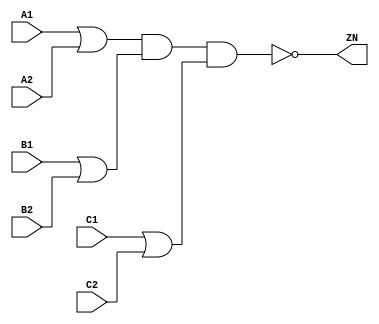
module OAI222_X4 (A1, A2, B1, B2, C1, C2, ZN);
  input A1;
  input A2;
  input B1;
  input B2;
  input C1;
  input C2;
  output ZN;
  not(ZN, i_28);
  not(i_28, i_29);
  not(i_29, i_30);
  and(i_30, i_31, i_34);
  and(i_31, i_32, i_33);
  or(i_32, A1, A2);
  or(i_33, B1, B2);
  or(i_34, C1, C2);
  specify
    if((A2 == 1'b0) && (B1 == 1'b0) && (B2 == 1'b1) && (C1 == 1'b0) && (C2 == 1'b1)) (A1 => ZN) = (0.1, 0.1);
    if((A2 == 1'b0) && (B1 == 1'b0) && (B2 == 1'b1) && (C1 == 1'b1) && (C2 == 1'b0)) (A1 => ZN) = (0.1, 0.1);
    if((A2 == 1'b0) && (B1 == 1'b0) && (B2 == 1'b1) && (C1 == 1'b1) && (C2 == 1'b1)) (A1 => ZN) = (0.1, 0.1);
    if((A2 == 1'b0) && (B1 == 1'b1) && (B2 == 1'b0) && (C1 == 1'b0) && (C2 == 1'b1)) (A1 => ZN) = (0.1, 0.1);
    if((A2 == 1'b0) && (B1 == 1'b1) && (B2 == 1'b0) && (C1 == 1'b1) && (C2 == 1'b0)) (A1 => ZN) = (0.1, 0.1);
    if((A2 == 1'b0) && (B1 == 1'b1) && (B2 == 1'b0) && (C1 == 1'b1) && (C2 == 1'b1)) (A1 => ZN) = (0.1, 0.1);
    if((A2 == 1'b0) && (B1 == 1'b1) && (B2 == 1'b1) && (C1 == 1'b0) && (C2 == 1'b1)) (A1 => ZN) = (0.1, 0.1);
    if((A2 == 1'b0) && (B1 == 1'b1) && (B2 == 1'b1) && (C1 == 1'b1) && (C2 == 1'b0)) (A1 => ZN) = (0.1, 0.1);
    if((A2 == 1'b0) && (B1 == 1'b1) && (B2 == 1'b1) && (C1 == 1'b1) && (C2 == 1'b1)) (A1 => ZN) = (0.1, 0.1);
    if((A1 == 1'b0) && (B1 == 1'b0) && (B2 == 1'b1) && (C1 == 1'b0) && (C2 == 1'b1)) (A2 => ZN) = (0.1, 0.1);
    if((A1 == 1'b0) && (B1 == 1'b0) && (B2 == 1'b1) && (C1 == 1'b1) && (C2 == 1'b0)) (A2 => ZN) = (0.1, 0.1);
    if((A1 == 1'b0) && (B1 == 1'b0) && (B2 == 1'b1) && (C1 == 1'b1) && (C2 == 1'b1)) (A2 => ZN) = (0.1, 0.1);
    if((A1 == 1'b0) && (B1 == 1'b1) && (B2 == 1'b0) && (C1 == 1'b0) && (C2 == 1'b1)) (A2 => ZN) = (0.1, 0.1);
    if((A1 == 1'b0) && (B1 == 1'b1) && (B2 == 1'b0) && (C1 == 1'b1) && (C2 == 1'b0)) (A2 => ZN) = (0.1, 0.1);
    if((A1 == 1'b0) && (B1 == 1'b1) && (B2 == 1'b0) && (C1 == 1'b1) && (C2 == 1'b1)) (A2 => ZN) = (0.1, 0.1);
    if((A1 == 1'b0) && (B1 == 1'b1) && (B2 == 1'b1) && (C1 == 1'b0) && (C2 == 1'b1)) (A2 => ZN) = (0.1, 0.1);
    if((A1 == 1'b0) && (B1 == 1'b1) && (B2 == 1'b1) && (C1 == 1'b1) && (C2 == 1'b0)) (A2 => ZN) = (0.1, 0.1);
    if((A1 == 1'b0) && (B1 == 1'b1) && (B2 == 1'b1) && (C1 == 1'b1) && (C2 == 1'b1)) (A2 => ZN) = (0.1, 0.1);
    if((A1 == 1'b0) && (A2 == 1'b1) && (B2 == 1'b0) && (C1 == 1'b0) && (C2 == 1'b1)) (B1 => ZN) = (0.1, 0.1);
    if((A1 == 1'b0) && (A2 == 1'b1) && (B2 == 1'b0) && (C1 == 1'b1) && (C2 == 1'b0)) (B1 => ZN) = (0.1, 0.1);
    if((A1 == 1'b0) && (A2 == 1'b1) && (B2 == 1'b0) && (C1 == 1'b1) && (C2 == 1'b1)) (B1 => ZN) = (0.1, 0.1);
    if((A1 == 1'b1) && (A2 == 1'b0) && (B2 == 1'b0) && (C1 == 1'b0) && (C2 == 1'b1)) (B1 => ZN) = (0.1, 0.1);
    if((A1 == 1'b1) && (A2 == 1'b0) && (B2 == 1'b0) && (C1 == 1'b1) && (C2 == 1'b0)) (B1 => ZN) = (0.1, 0.1);
    if((A1 == 1'b1) && (A2 == 1'b0) && (B2 == 1'b0) && (C1 == 1'b1) && (C2 == 1'b1)) (B1 => ZN) = (0.1, 0.1);
    if((A1 == 1'b1) && (A2 == 1'b1) && (B2 == 1'b0) && (C1 == 1'b0) && (C2 == 1'b1)) (B1 => ZN) = (0.1, 0.1);
    if((A1 == 1'b1) && (A2 == 1'b1) && (B2 == 1'b0) && (C1 == 1'b1) && (C2 == 1'b0)) (B1 => ZN) = (0.1, 0.1);
    if((A1 == 1'b1) && (A2 == 1'b1) && (B2 == 1'b0) && (C1 == 1'b1) && (C2 == 1'b1)) (B1 => ZN) = (0.1, 0.1);
    if((A1 == 1'b0) && (A2 == 1'b1) && (B1 == 1'b0) && (C1 == 1'b0) && (C2 == 1'b1)) (B2 => ZN) = (0.1, 0.1);
    if((A1 == 1'b0) && (A2 == 1'b1) && (B1 == 1'b0) && (C1 == 1'b1) && (C2 == 1'b0)) (B2 => ZN) = (0.1, 0.1);
    if((A1 == 1'b0) && (A2 == 1'b1) && (B1 == 1'b0) && (C1 == 1'b1) && (C2 == 1'b1)) (B2 => ZN) = (0.1, 0.1);
    if((A1 == 1'b1) && (A2 == 1'b0) && (B1 == 1'b0) && (C1 == 1'b0) && (C2 == 1'b1)) (B2 => ZN) = (0.1, 0.1);
    if((A1 == 1'b1) && (A2 == 1'b0) && (B1 == 1'b0) && (C1 == 1'b1) && (C2 == 1'b0)) (B2 => ZN) = (0.1, 0.1);
    if((A1 == 1'b1) && (A2 == 1'b0) && (B1 == 1'b0) && (C1 == 1'b1) && (C2 == 1'b1)) (B2 => ZN) = (0.1, 0.1);
    if((A1 == 1'b1) && (A2 == 1'b1) && (B1 == 1'b0) && (C1 == 1'b0) && (C2 == 1'b1)) (B2 => ZN) = (0.1, 0.1);
    if((A1 == 1'b1) && (A2 == 1'b1) && (B1 == 1'b0) && (C1 == 1'b1) && (C2 == 1'b0)) (B2 => ZN) = (0.1, 0.1);
    if((A1 == 1'b1) && (A2 == 1'b1) && (B1 == 1'b0) && (C1 == 1'b1) && (C2 == 1'b1)) (B2 => ZN) = (0.1, 0.1);
    if((A1 == 1'b0) && (A2 == 1'b1) && (B1 == 1'b0) && (B2 == 1'b1) && (C2 == 1'b0)) (C1 => ZN) = (0.1, 0.1);
    if((A1 == 1'b0) && (A2 == 1'b1) && (B1 == 1'b1) && (B2 == 1'b0) && (C2 == 1'b0)) (C1 => ZN) = (0.1, 0.1);
    if((A1 == 1'b0) && (A2 == 1'b1) && (B1 == 1'b1) && (B2 == 1'b1) && (C2 == 1'b0)) (C1 => ZN) = (0.1, 0.1);
    if((A1 == 1'b1) && (A2 == 1'b0) && (B1 == 1'b0) && (B2 == 1'b1) && (C2 == 1'b0)) (C1 => ZN) = (0.1, 0.1);
    if((A1 == 1'b1) && (A2 == 1'b0) && (B1 == 1'b1) && (B2 == 1'b0) && (C2 == 1'b0)) (C1 => ZN) = (0.1, 0.1);
    if((A1 == 1'b1) && (A2 == 1'b0) && (B1 == 1'b1) && (B2 == 1'b1) && (C2 == 1'b0)) (C1 => ZN) = (0.1, 0.1);
    if((A1 == 1'b1) && (A2 == 1'b1) && (B1 == 1'b0) && (B2 == 1'b1) && (C2 == 1'b0)) (C1 => ZN) = (0.1, 0.1);
    if((A1 == 1'b1) && (A2 == 1'b1) && (B1 == 1'b1) && (B2 == 1'b0) && (C2 == 1'b0)) (C1 => ZN) = (0.1, 0.1);
    if((A1 == 1'b1) && (A2 == 1'b1) && (B1 == 1'b1) && (B2 == 1'b1) && (C2 == 1'b0)) (C1 => ZN) = (0.1, 0.1);
    if((A1 == 1'b0) && (A2 == 1'b1) && (B1 == 1'b0) && (B2 == 1'b1) && (C1 == 1'b0)) (C2 => ZN) = (0.1, 0.1);
    if((A1 == 1'b0) && (A2 == 1'b1) && (B1 == 1'b1) && (B2 == 1'b0) && (C1 == 1'b0)) (C2 => ZN) = (0.1, 0.1);
    if((A1 == 1'b0) && (A2 == 1'b1) && (B1 == 1'b1) && (B2 == 1'b1) && (C1 == 1'b0)) (C2 => ZN) = (0.1, 0.1);
    if((A1 == 1'b1) && (A2 == 1'b0) && (B1 == 1'b0) && (B2 == 1'b1) && (C1 == 1'b0)) (C2 => ZN) = (0.1, 0.1);
    if((A1 == 1'b1) && (A2 == 1'b0) && (B1 == 1'b1) && (B2 == 1'b0) && (C1 == 1'b0)) (C2 => ZN) = (0.1, 0.1);
    if((A1 == 1'b1) && (A2 == 1'b0) && (B1 == 1'b1) && (B2 == 1'b1) && (C1 == 1'b0)) (C2 => ZN) = (0.1, 0.1);
    if((A1 == 1'b1) && (A2 == 1'b1) && (B1 == 1'b0) && (B2 == 1'b1) && (C1 == 1'b0)) (C2 => ZN) = (0.1, 0.1);
    if((A1 == 1'b1) && (A2 == 1'b1) && (B1 == 1'b1) && (B2 == 1'b0) && (C1 == 1'b0)) (C2 => ZN) = (0.1, 0.1);
    if((A1 == 1'b1) && (A2 == 1'b1) && (B1 == 1'b1) && (B2 == 1'b1) && (C1 == 1'b0)) (C2 => ZN) = (0.1, 0.1);
  endspecify
endmodule